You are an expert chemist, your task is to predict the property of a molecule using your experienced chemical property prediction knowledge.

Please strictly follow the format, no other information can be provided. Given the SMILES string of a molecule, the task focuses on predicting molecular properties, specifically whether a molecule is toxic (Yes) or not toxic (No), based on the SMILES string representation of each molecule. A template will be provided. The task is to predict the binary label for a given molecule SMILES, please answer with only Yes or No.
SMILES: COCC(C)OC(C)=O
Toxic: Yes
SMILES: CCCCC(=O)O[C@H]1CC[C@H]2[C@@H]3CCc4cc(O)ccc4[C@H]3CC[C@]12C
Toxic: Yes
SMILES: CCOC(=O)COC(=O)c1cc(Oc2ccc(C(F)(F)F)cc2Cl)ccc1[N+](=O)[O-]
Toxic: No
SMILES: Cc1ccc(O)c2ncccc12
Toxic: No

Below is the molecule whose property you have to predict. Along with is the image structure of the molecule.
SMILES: CC(=O)OC1C2(C)CCC(C2)C1(C)C
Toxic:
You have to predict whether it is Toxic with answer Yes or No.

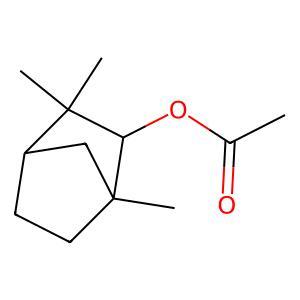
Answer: No